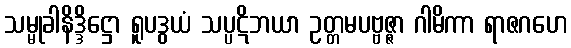
သမ္မုခါနိဒ္ဒိဋ္ဌော ရူပဒွယံ သပ္ပဋိဘယာ ဥတ္တမပဗ္ဗဇ္ဇာ ဂါမိကာ ရာဇဂဟေ